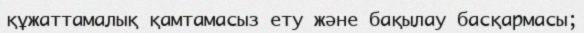
құжаттамалық қамтамасыз ету және бақылау басқармасы;